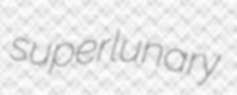
superlunary